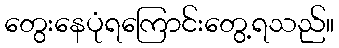
တွေးနေပုံရကြောင်းတွေ့ရသည်။